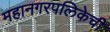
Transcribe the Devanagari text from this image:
महानगरपलिकेची